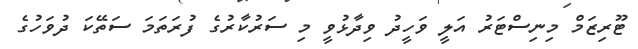
ޓޫރިޒަމް މިނިސްޓަރު އަލީ ވަހީދު ވިދާޅުވީ މި ސަރުކާރުގެ ފުރަތަމަ ސަތޭކަ ދުވަހުގެ